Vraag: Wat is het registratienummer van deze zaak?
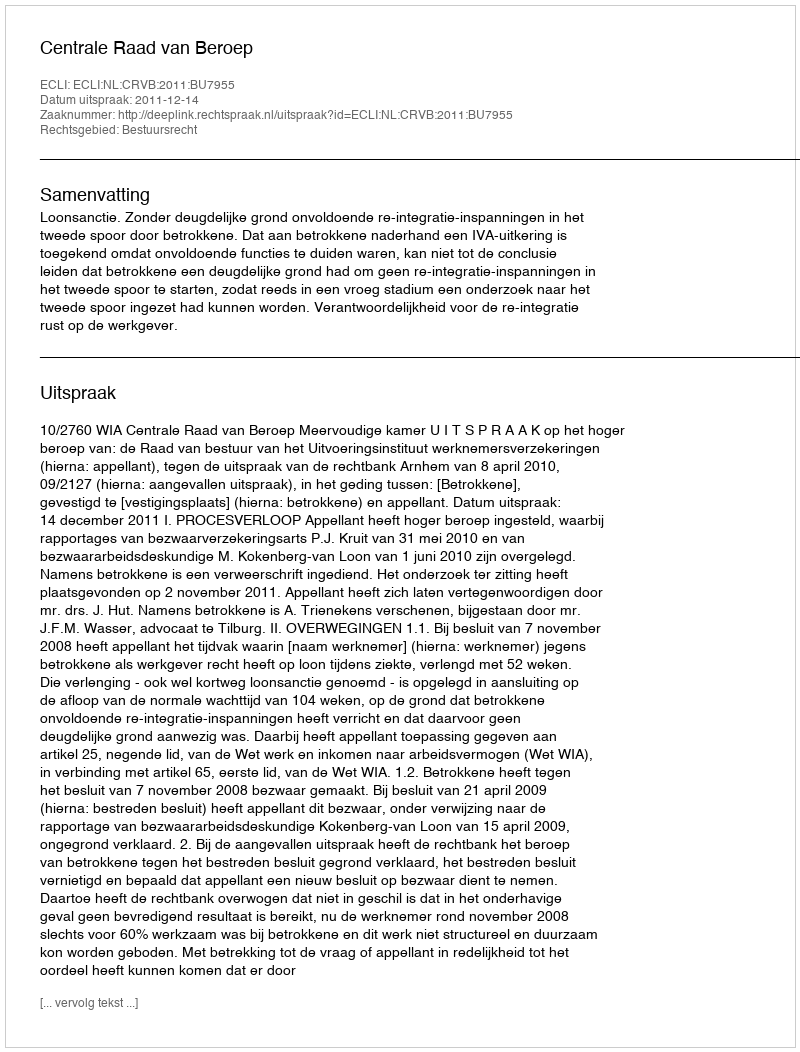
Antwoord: http://deeplink.rechtspraak.nl/uitspraak?id=ECLI:NL:CRVB:2011:BU7955